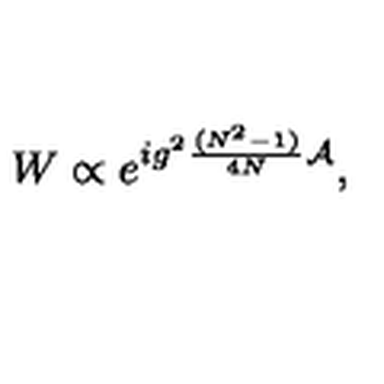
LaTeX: W \propto e ^ { i g ^ { 2 } { \frac { ( N ^ { 2 } - 1 ) } { 4 N } } { \cal A } } ,